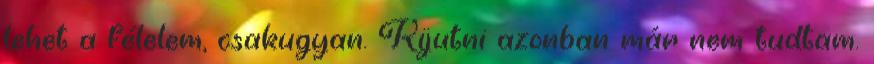
lehet a félelem, csakugyan. Kijutni azonban már nem tudtam.